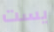
يست